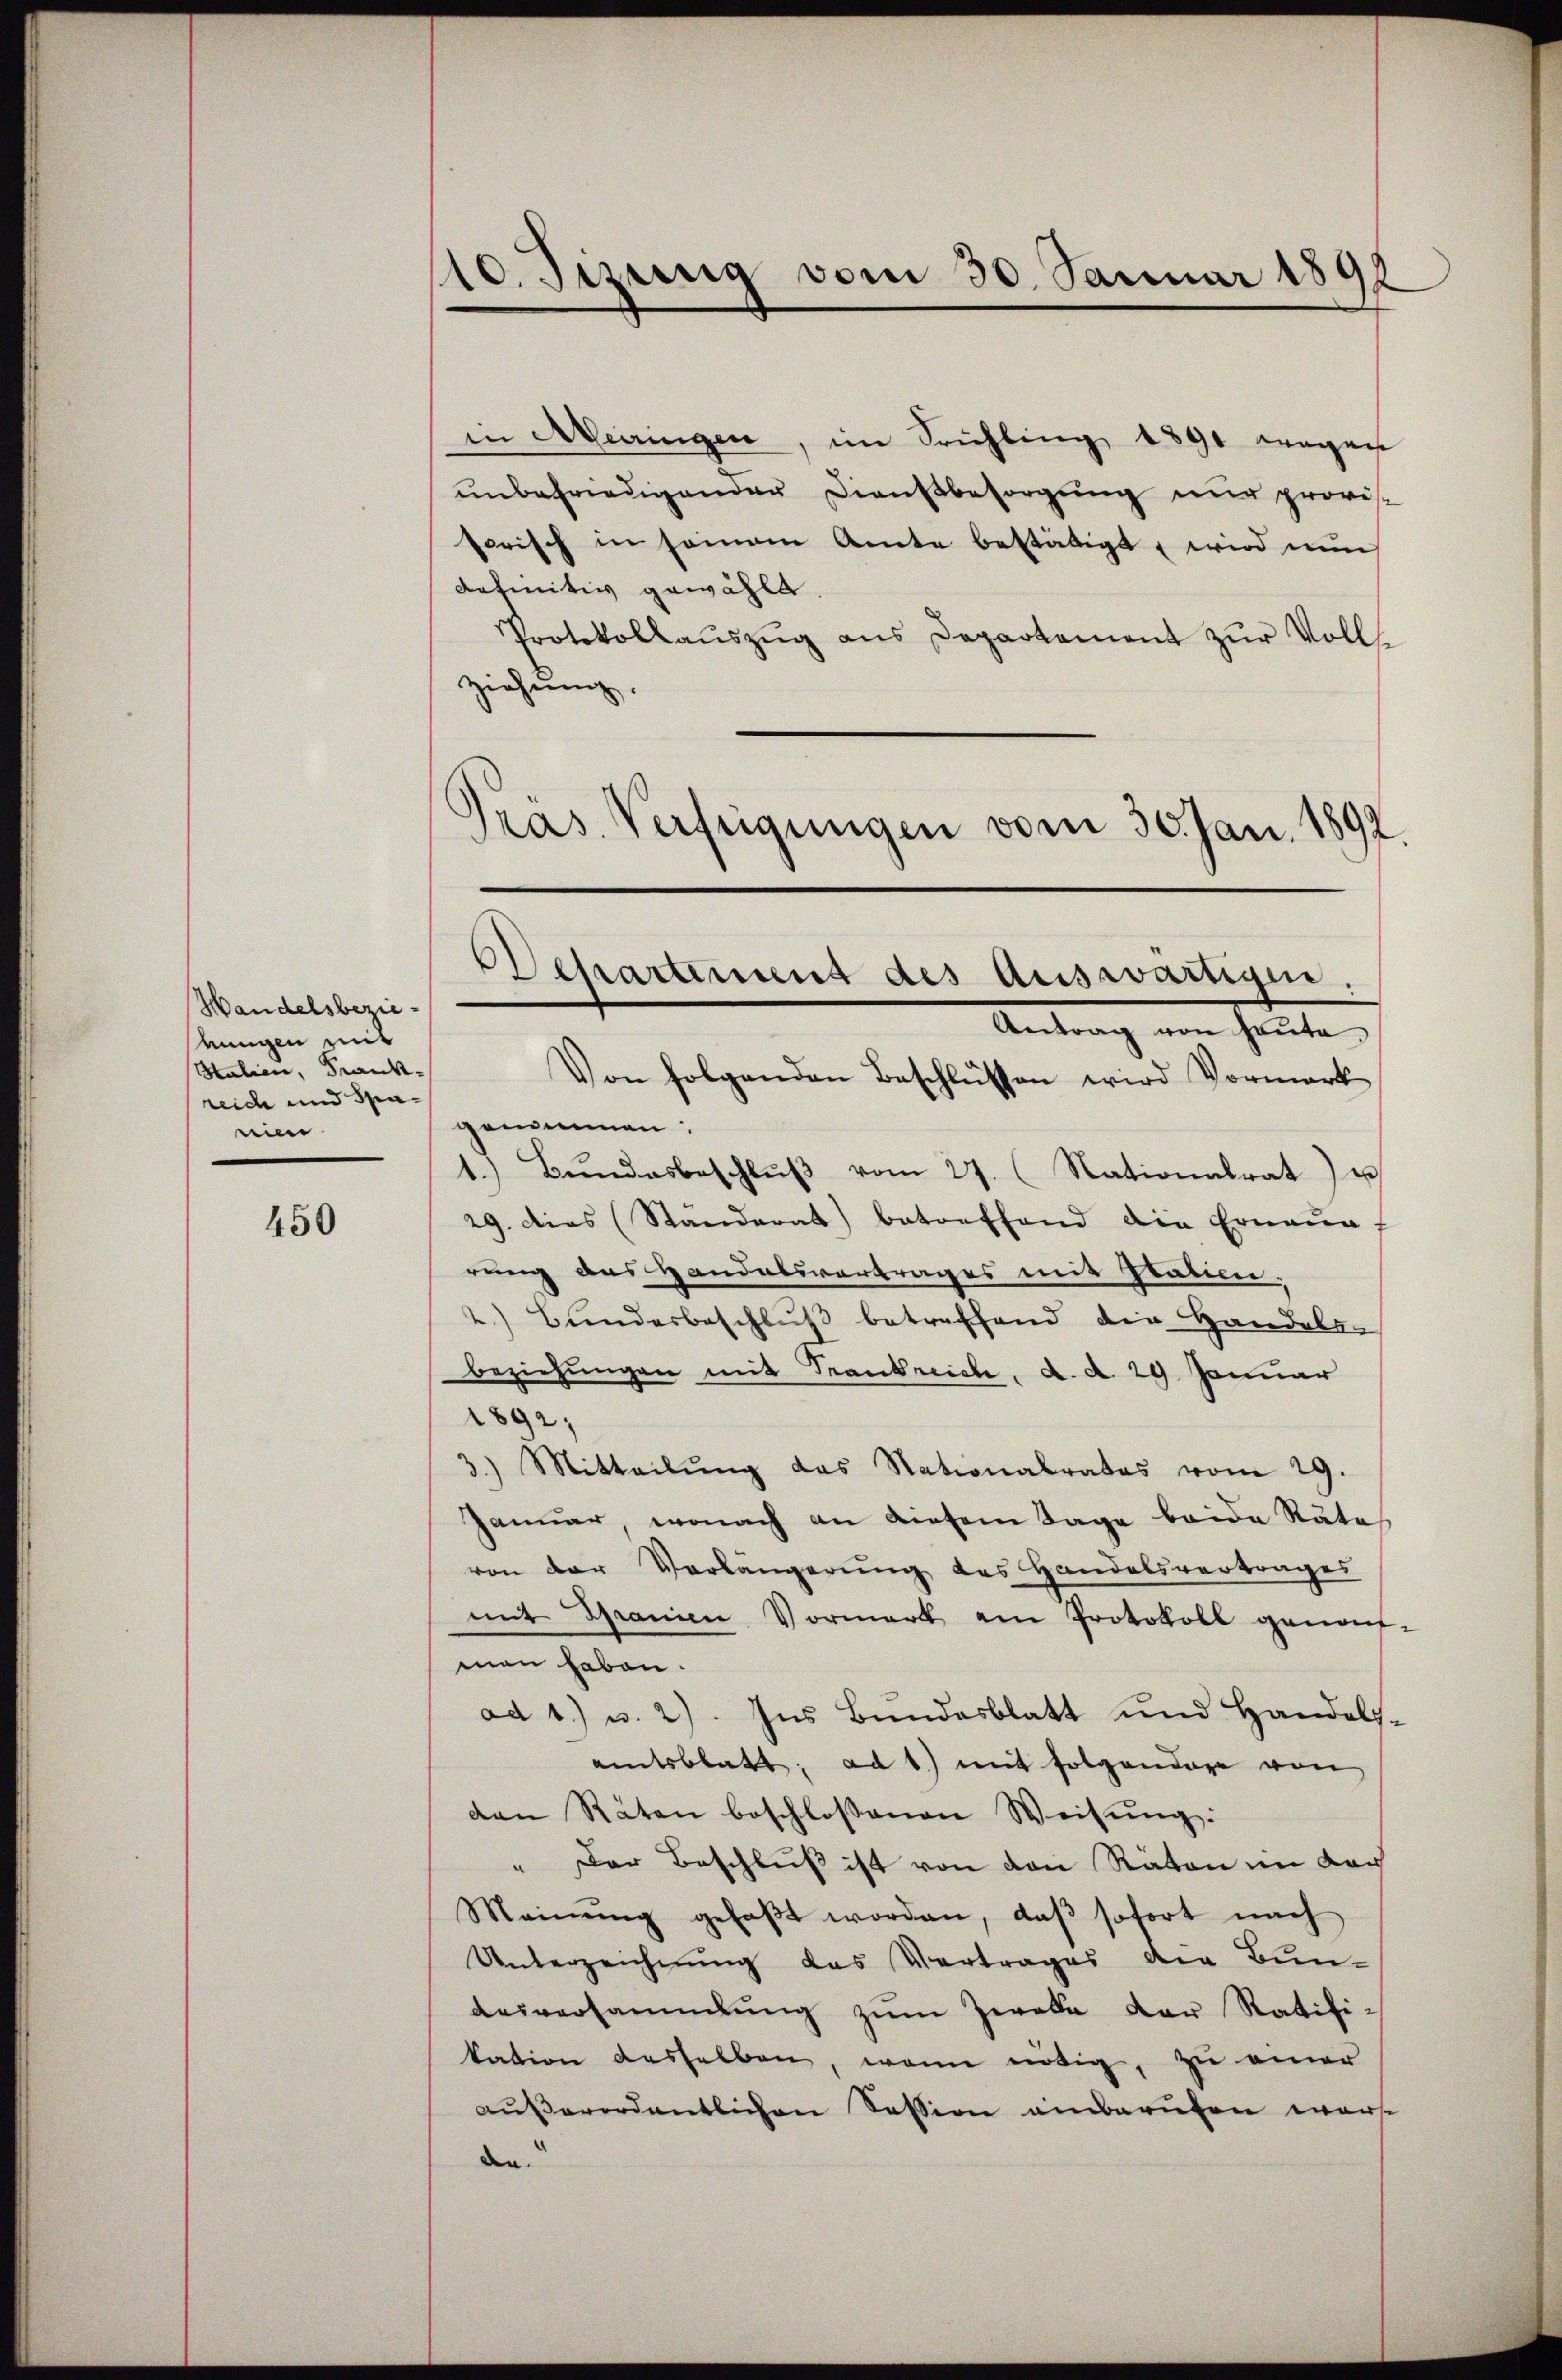
Handelsbezieeingen mit
Italien, Frankreich und Spa-
ein

450

110. Sizung vom 30. Januar 1891
¬

in Meiringen, im Frühling 1890 wegen
ŭnbefriedigender Dienstbesorgŭng nur provis
Parisch in seinem Amte bestätigt, wird nun
definitiv gewählt
Protokollauszug aus Departement zur Volls
ziehung.
Antrag von heute.
Von folgenden Beschlüssen wird Vormerk
genimmen:
1.) Bŭndesbeschlŭβ vom 27. (Nationalrat u
29. dies (Standerat) betreffend die Erneunf
rung aus Handelsvertrages mit Italien.
 Bunderbeschluß betreffend die Handels-
beziehungen mit Trankreiche, d. d. 29. Januar
1892;
3.) Mitteilŭng das Nationalrates vom 29.
Januar, wonach an diesem Tage beide Räte
von der Verlängerŭng des Handelsvertrages
mit Granien Vormerk am Protokoll genom-
man haben.
ad 1.) u. 2). Ins Bundesblatt und Handelsamtsblatt, ad 1.) mit folgendere von
den Räten beschlossenen Weisung:
" Der Beschluß ist von den Räten im doc
Meinŭng gefaβt worden, daβ sofort nach
Unterzeichnung des Vertrages die Bun-
desversammlung zŭm Zwecke der Ratifikation desselben, wenn nötig, zu einer
außerordentlichen Session einberufen warst
den.

pras. Verfügungen vom 30. Jan. 1892.
Achartenung des Auswärtigen.